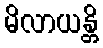
မိလာယန္တိ